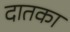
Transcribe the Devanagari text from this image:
दातका